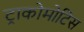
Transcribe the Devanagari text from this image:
ट्राकोमोटिस